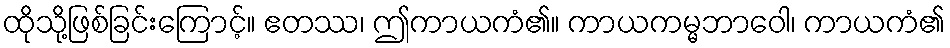
ထိုသို့ဖြစ်ခြင်းကြောင့်။ ဧတဿ၊ ဤကာယကံ၏။ ကာယကမ္မဘာဝေါ၊ ကာယကံ၏